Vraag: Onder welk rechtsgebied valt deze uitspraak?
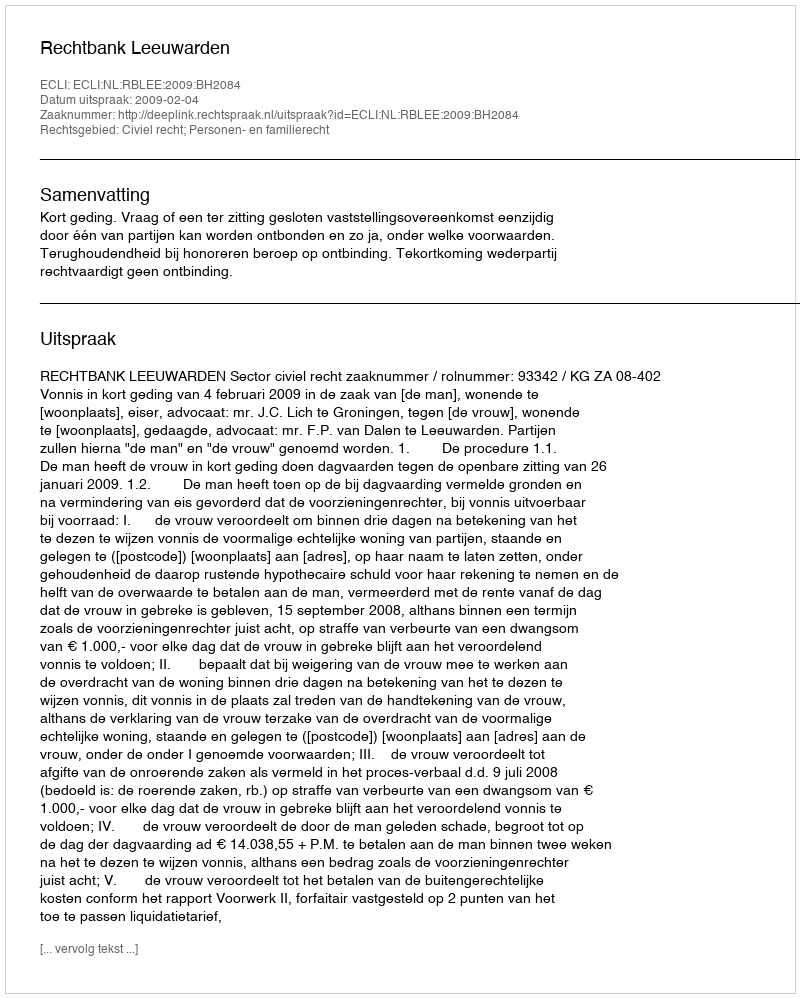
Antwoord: Civiel recht; Personen- en familierecht